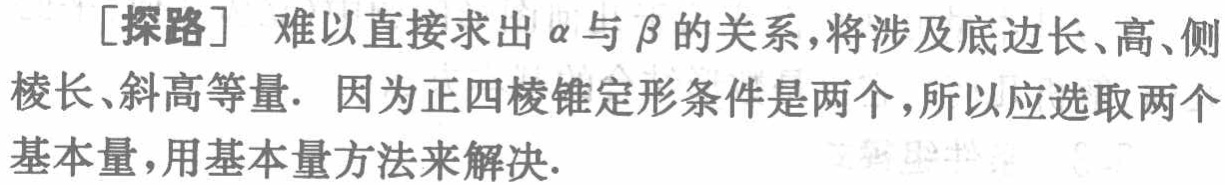
[探路] 难以直接求出\(\alpha\)与\(\beta\)的关系，将涉及底边长、高、侧棱长、斜高等量. 因为正四棱锥定形条件是两个，所以应选取两个基本量，用基本量方法来解决.